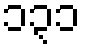
၁၃၁